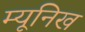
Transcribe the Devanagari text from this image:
म्‍यूनिख